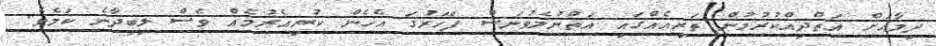
ދިމާއަށް އަތްދިއްކުރުމުން ތަރިއެއްގައި އަތްނުލެވުނަސް ފަހަރުގަ އެހެން ކުރިއެރުމެއް ވެސް ލިބިދާނެ ކަމެވެ.